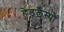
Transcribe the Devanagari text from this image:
हेडलैम्पों